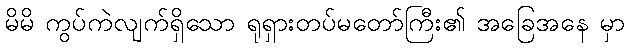
မိမိ ကွပ်ကဲလျက်ရှိသော ရုရှားတပ်မတော်ကြီး၏ အခြေအနေ မှာ